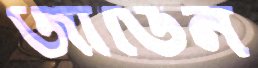
জার্ডিন